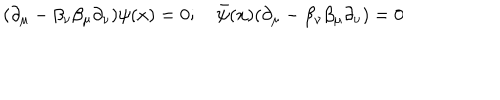
LaTeX: ( \partial _ { \mu } - \beta _ { \nu } \beta _ { \mu } \partial _ { \nu } ) \psi ( x ) = 0 ; \quad { \bar { \psi } } ( x ) ( \partial _ { \mu } - \beta _ { \nu } \beta _ { \mu } \partial _ { \nu } ) = 0